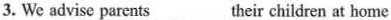
3. We advise parents _________their children at home